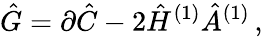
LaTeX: \hat{G}=\partial\hat{C}-2\hat{H}^{(1)}\hat{A}^{(1)}\, ,